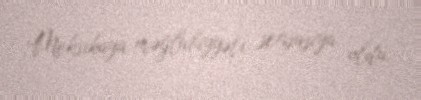
Meksikaya məğlubiyyəti sensasiya oldu.